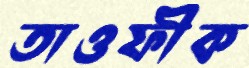
তাওফীক